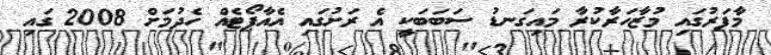
މާފަރުގައި މުޒާހަރާކުރާ މައިގަނޑު ސަބަބަކީ އެ ރަށުގައި އެއާޕޯޓެއް ހެދުމަށް 2008 ގައި